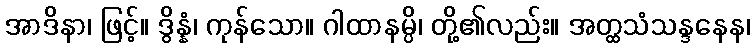
အာဒိနာ၊ ဖြင့်။ ဒွိန္နံ၊ ကုန်သော။ ဂါထာနမ္ပိ၊ တို့၏လည်း။ အတ္ထသံသန္ဒနေန၊